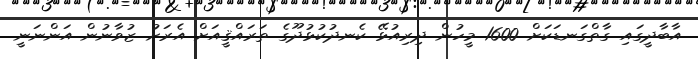
އާބާދީގައި ގާތްގަނޑަކަށް 1600 މީހުން ދިރިއުޅޭ ކެނދުކުޅުދޫގެ ތަރައްޤީއަށް އެރަށު ޒުވާނުން އަންނަނީ